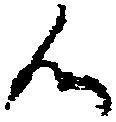
候